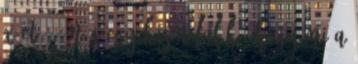
x-et. - Még egy kis adalék, hogy mi a